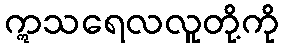
ဣသရေလလူတို့ကို